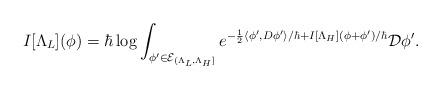
LaTeX: \begin{align*} I[\Lambda_L](\phi) = \hbar \log \int_{\phi' \in \mathcal{E}_{(\Lambda_L, \Lambda_H]}} e^{-\frac{1}{2}\langle \phi', D \phi' \rangle/\hbar + I[\Lambda_H](\phi + \phi')/\hbar} \mathcal{D} \phi'.\end{align*}